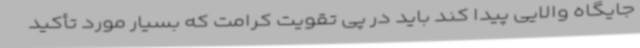
جایگاه والایی پیدا کند باید در پی تقویت کرامت که بسیار مورد تأکید